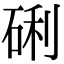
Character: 䂰